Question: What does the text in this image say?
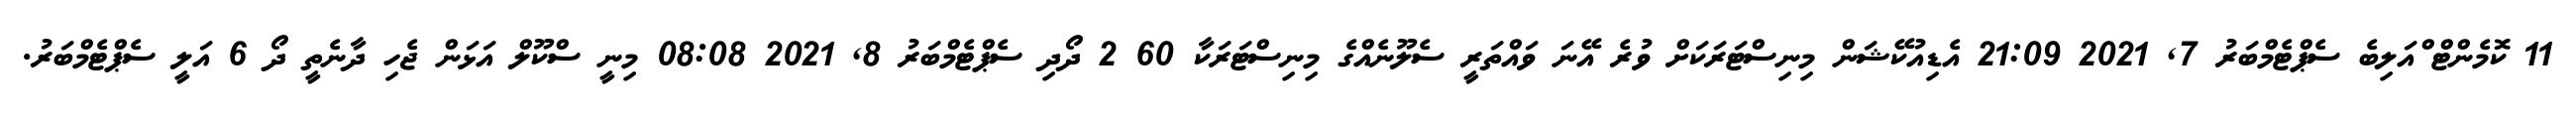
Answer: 11 ކޮމެންޓް ްއަލިބެ ސެޕްޓެމްބަރު 7, 2021 21:09 އެޑިއުކޭޝަން މިނިސްޓަރަކަށް ވުރެ އޭނަ ވައްތަރީ ސެލޫނެއްގެ މިނިސްޓަރަކާ 60 2 ދޯދި ސެޕްޓެމްބަރު 8, 2021 08:08 މިނީ ސްކޫލް އަޅަން ޖެހި ދާނެތީ ދޯ 6 އަލީ ސެޕްޓެމްބަރު.